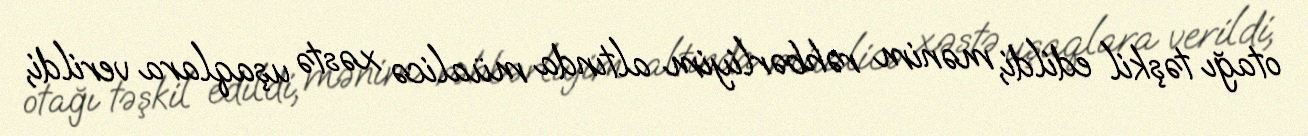
otağı təşkil edildi, mənim rəhbərliyim altında müalicə xəstə uşaqlara verildi,